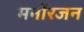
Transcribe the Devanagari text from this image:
मनोंरजन